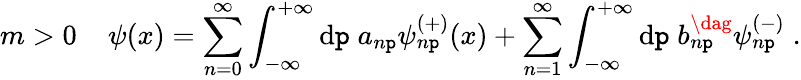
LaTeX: m>0\; \; \; \; \psi(x)=\sum_{n=0}^{\infty}\int_{-\infty}^{+\infty}\mathrm{d}\mathtt{p}\; a_{n\mathtt{p}}\psi_{n\mathtt{p}}^{(+)}(x)+\sum_{n=1}^{\infty}\int_{-\infty}^{+\infty}\mathrm{d}\mathtt{p}\; b_{n\mathtt{p}}^{\dag}\psi_{n\mathtt{p}}^{(-)}\; .